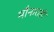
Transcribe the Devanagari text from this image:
मौनातही